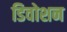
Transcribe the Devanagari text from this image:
डिवोशन